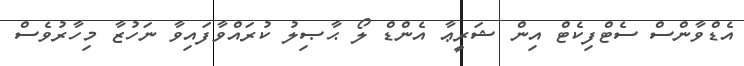
އެޑްވާންސް ސެޓްފިކެޓް އިން ޝަރީޢާ އެންޑް ލޯ ޙާޞިލު ކުރައްވާފައިވާ ނަހުޒާ މިހާރުވެސް